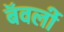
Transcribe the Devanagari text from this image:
बॅवर्ली